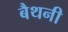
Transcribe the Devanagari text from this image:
बैथनी